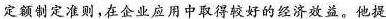
定额制定准则，在企业应用中取得较好的经济效益。他提